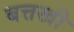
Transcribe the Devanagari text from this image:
बत्तखी